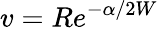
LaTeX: v=Re^{-\alpha/2W}